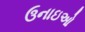
ઉનાઇઓ